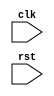
module example_module (
    input wire clk,
    input wire rst,
    // other inputs and outputs
);

always @ (negedge rst) begin
    // reset state variables and registers
    // example:
    if (rst == 1'b0) begin
        // reset logic here
    end
end

endmodule